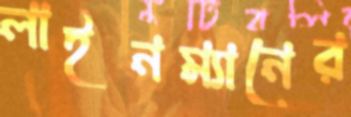
লাইনম্যানের